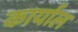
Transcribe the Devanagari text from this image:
कार्याल